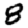
Digit: 8